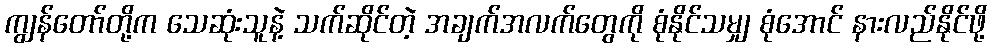
ကျွန်တော်တို့က သေဆုံးသူနဲ့ သက်ဆိုင်တဲ့ အချက်အလက်တွေကို စုံနိုင်သမျှ စုံအောင် နားလည်နိုင်ဖို့